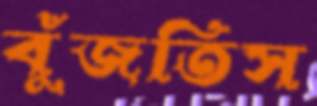
বুঁজতিস